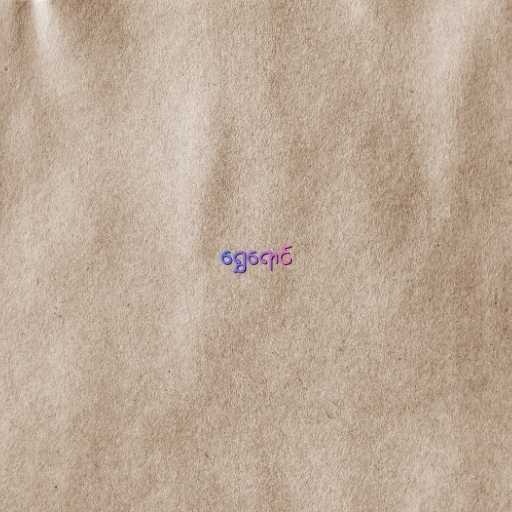
ရွှေရောင်